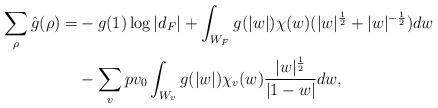
LaTeX: \begin{align*}\sum_{\rho}\hat{g}(\rho)=&-g(1)\log|d_F|+\int_{W_F} g(|w|)\chi(w)(|w|^\frac12+|w|^{-\frac12})dw\\&-\sum_v pv_0\int_{W_v}g(|w|)\chi_v(w)\frac{|w|^\frac12}{|1-w|}dw,\end{align*}